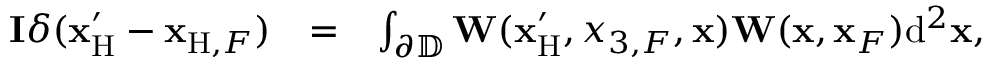
\begin{array} { r l r } { { \bf I } \delta ( { { \bf x } _ { \mathrm { H } } ^ { \prime } } - { { \bf x } _ { \mathrm { H } , F } } ) } & { = } & { \int _ { { { \partial \mathbb { D } } } } { \bf W } ( { \bf x } _ { \mathrm { H } } ^ { \prime } , x _ { 3 , F } , { \bf x } ) { \bf W } ( { \bf x } , { \bf x } _ { F } ) \mathrm { d } ^ { 2 } { \bf x } , } \end{array}